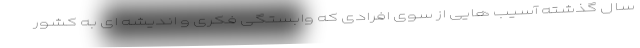
سال گذشته آسیب هایی از سوی افرادی که وابستگی فکری و اندیشه ای به کشور